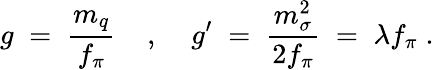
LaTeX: g\; =\; \frac{m_{q}}{f_{\pi}}\; \; \; \; ,\; \; \; \; g^{\prime}\; =\; \frac{m_{\sigma}^{2}}{2f_{\pi}}\; =\; \lambda f_{\pi}\; .